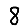
Digit: 8